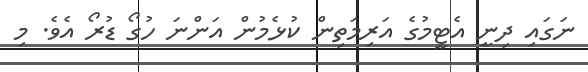
ނަގައި ދިނީ އެޓީމުގެ އަރިމަތިން ކުޅެމުން އަންނަ ހުގޯ ޑުރޯ އެވެ. މި